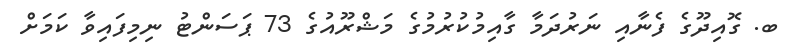
ބ. ގޮއިދޫގެ ފެނާއި ނަރުދަމާ ގާއިމުކުރުމުގެ މަޝްރޫއުގެ 73 ޕަސަންޓު ނިމިފައިވާ ކަމަށް